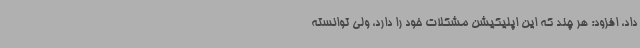
داد، افزود: هر چند که این اپلیکیشن مشکلات خود را دارد، ولی توانسته